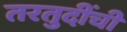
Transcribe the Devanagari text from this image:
तरतुदींची